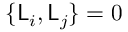
\{ \mathsf { L } _ { i } , \mathsf { L } _ { j } \} = 0